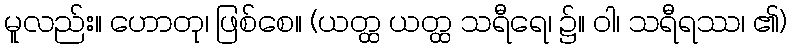
မူလည်း။ ဟောတု၊ ဖြစ်စေ။ (ယတ္ထ ယတ္ထ သရီရေ၊ ၌။ ဝါ၊ သရီရဿ၊ ၏)